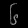
Digit: ၆